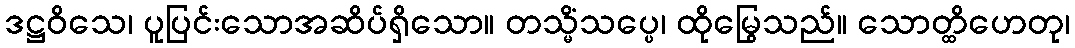
ဒဋ္ဌဝိသေ၊ ပူပြင်းသောအဆိပ်ရှိသော။ တသ္မိံသပ္ပေ၊ ထိုမြွေသည်။ သောတ္ထိဟေတု၊